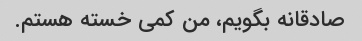
صادقانه بگویم، من کمی خسته هستم.